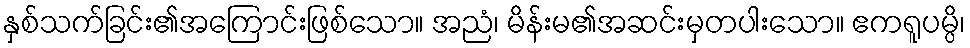
နှစ်သက်ခြင်း၏အကြောင်းဖြစ်သော။ အညံ၊ မိန်းမ၏အဆင်းမှတပါးသော။ ဧကရူပမ္ပိ၊